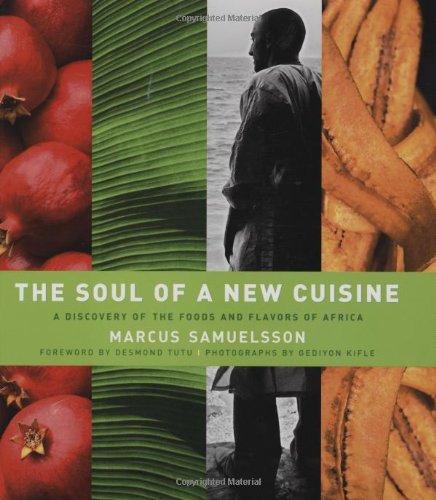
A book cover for The Soul of a New Cuisine: A Discovery of the Foods and Flavors of Africa; Marcus Samuelsson; Cookbooks, Food & Wine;